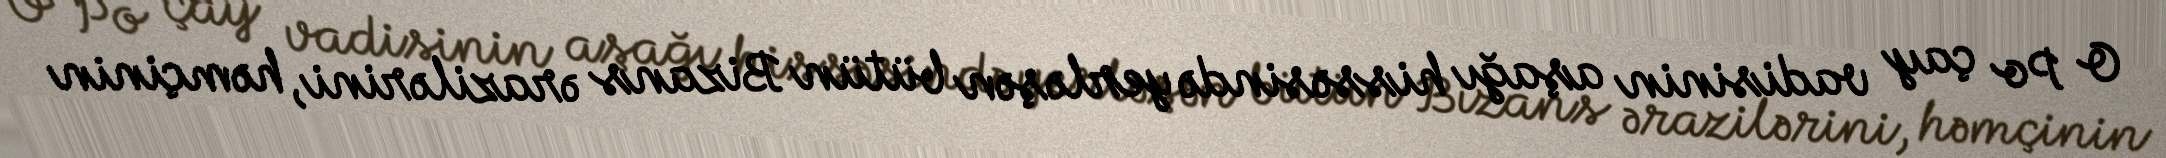
O Po çay vadisinin aşağı hissəsində yerləşən bütün Bizans ərazilərini, həmçinin